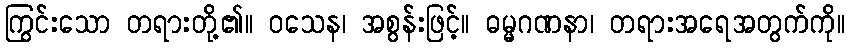
ကြွင်းသော တရားတို့၏။ ဝသေန၊ အစွန်းဖြင့်။ ဓမ္မဂဏနာ၊ တရားအရေအတွက်ကို။